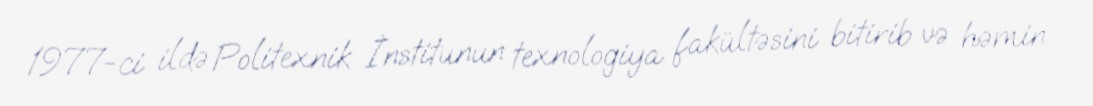
1977-ci ildə Politexnik İnstitunun texnologiya fakültəsini bitirib və həmin